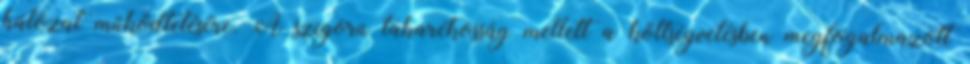
hálózat működtetésére. A szigorú takarékosság mellett a költségvetésben megfogalmazott